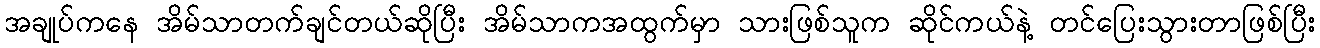
အချုပ်ကနေ အိမ်သာတက်ချင်တယ်ဆိုပြီး အိမ်သာကအထွက်မှာ သားဖြစ်သူက ဆိုင်ကယ်နဲ့ တင်ပြေးသွားတာဖြစ်ပြီး